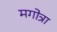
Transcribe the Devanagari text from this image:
मगोत्रा